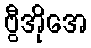
ဗွီအိုအေ